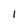
Character: l